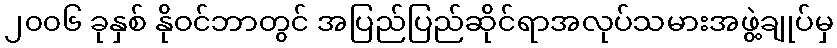
၂၀၀၆ ခုနှစ် နိုဝင်ဘာတွင် အပြည်ပြည်ဆိုင်ရာအလုပ်သမားအဖွဲ့ချုပ်မှ